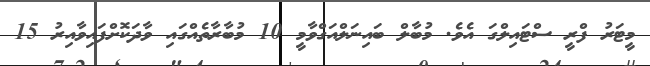
މީޓަރު ފްރީ ސްޓައިލްގަ އެވެ. މުބާލް ބައިނަލްއަގްވާމީ 10 މުބާރާތެއްގައި ވާދަކޮށްފައިވާއިރު 15